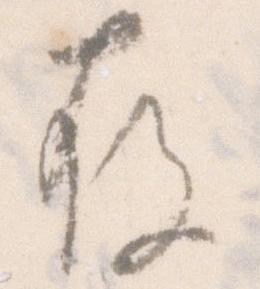
存